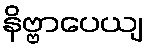
နိဗ္ဗာပေယျ